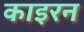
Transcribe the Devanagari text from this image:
काइरन